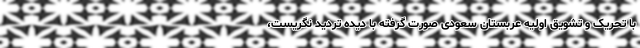
با تحریک و تشویق اولیه عربستان سعودی صورت گرفته با دیده تردید نگریست،